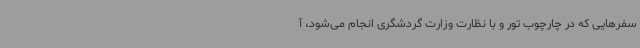
سفرهایی که در چارچوب تور و با نظارت وزارت گردشگری انجام می‌شود، آ